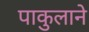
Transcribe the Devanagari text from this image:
पाकुलाने